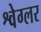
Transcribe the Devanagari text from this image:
श्वेग्लर